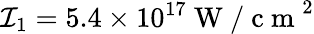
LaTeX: \mathcal{I}_{1}=5.4\times10^{17}\mathrm{{~W~/~c~m~}}^{2}